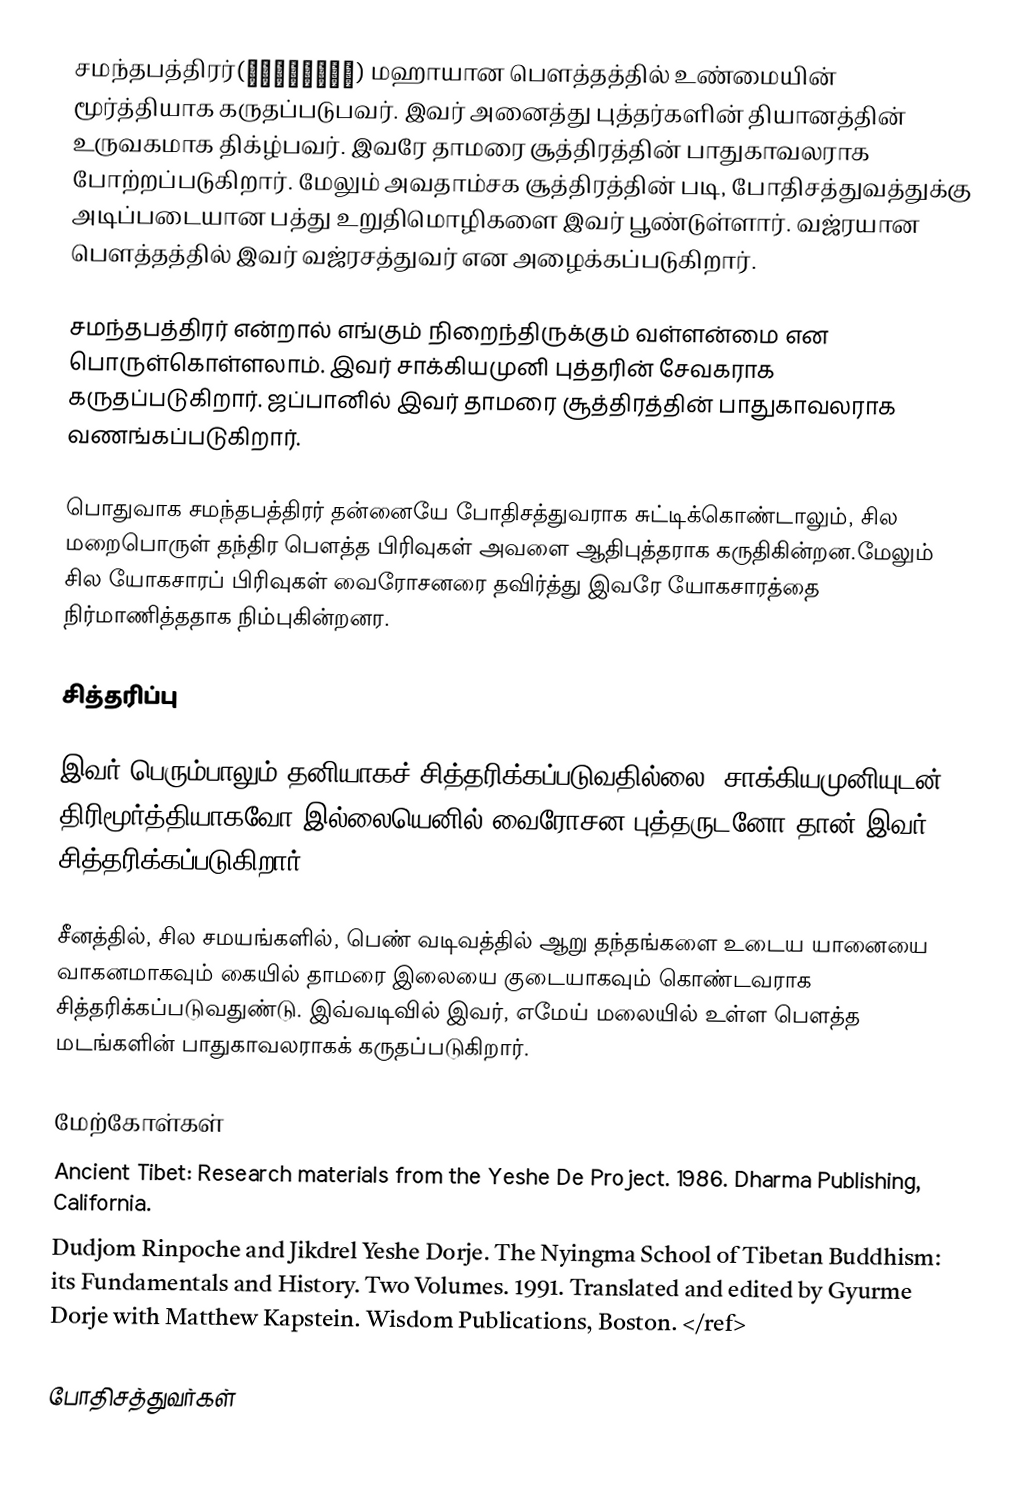
சமந்தபத்திரர்(समंतभद्र) மஹாயான பௌத்தத்தில் உண்மையின் மூர்த்தியாக கருதப்படுபவர். இவர் அனைத்து புத்தர்களின் தியானத்தின் உருவகமாக திக்ழ்பவர். இவரே தாமரை சூத்திரத்தின் பாதுகாவலராக போற்றப்படுகிறார். மேலும் அவதாம்சக சூத்திரத்தின் படி, போதிசத்துவத்துக்கு அடிப்படையான பத்து உறுதிமொழிகளை இவர் பூண்டுள்ளார்.  வஜ்ரயான பௌத்தத்தில் இவர் வஜ்ரசத்துவர் என அழைக்கப்படுகிறார்.

சமந்தபத்திரர் என்றால் எங்கும் நிறைந்திருக்கும் வள்ளன்மை என பொருள்கொள்ளலாம். இவர் சாக்கியமுனி புத்தரின் சேவகராக கருதப்படுகிறார். ஜப்பானில் இவர் தாமரை சூத்திரத்தின் பாதுகாவலராக வணங்கப்படுகிறார்.

பொதுவாக சமந்தபத்திரர் தன்னையே போதிசத்துவராக சுட்டிக்கொண்டாலும், சில மறைபொருள் தந்திர பௌத்த பிரிவுகள் அவளை ஆதிபுத்தராக கருதிகின்றன.மேலும் சில யோகசாரப் பிரிவுகள் வைரோசனரை தவிர்த்து இவரே யோகசாரத்தை நிர்மாணித்ததாக நிம்புகின்றனர.

சித்தரிப்பு

இவர் பெரும்பாலும் தனியாகச் சித்தரிக்கப்படுவதில்லை. சாக்கியமுனியுடன் திரிமூர்த்தியாகவோ இல்லையெனில் வைரோசன புத்தருடனோ தான் இவர் சித்தரிக்கப்படுகிறார்.

சீனத்தில், சில சமயங்களில், பெண் வடிவத்தில் ஆறு தந்தங்களை உடைய யானையை வாகனமாகவும் கையில் தாமரை இலையை குடையாகவும் கொண்டவராக சித்தரிக்கப்படுவதுண்டு. இவ்வடிவில் இவர், எமேய் மலையில் உள்ள பௌத்த மடங்களின் பாதுகாவலராகக் கருதப்படுகிறார்.

மேற்கோள்கள்
Ancient Tibet: Research materials from the Yeshe De Project. 1986. Dharma Publishing, California.
Dudjom Rinpoche and Jikdrel Yeshe Dorje. The Nyingma School of Tibetan Buddhism: its Fundamentals and History. Two Volumes. 1991. Translated and edited by Gyurme Dorje with Matthew Kapstein. Wisdom Publications, Boston. </ref>

போதிசத்துவர்கள்